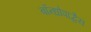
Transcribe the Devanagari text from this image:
बॉन्धोपाद्धैय